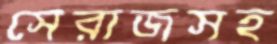
সেরাজসহ